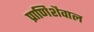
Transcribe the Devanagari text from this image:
प्राणिशैवाल